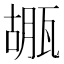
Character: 𤭱